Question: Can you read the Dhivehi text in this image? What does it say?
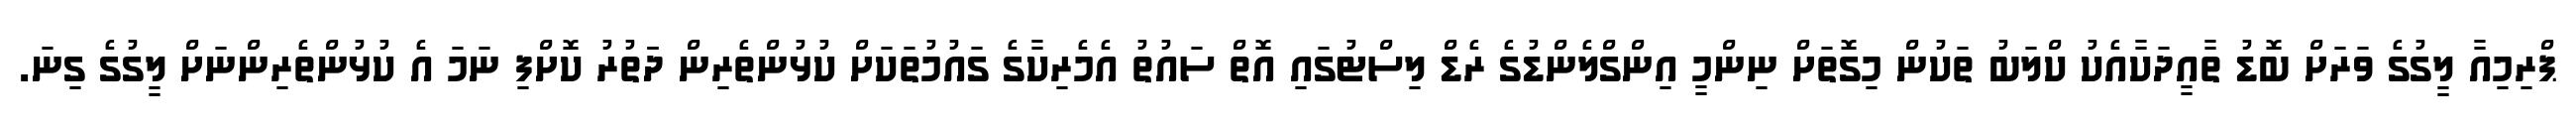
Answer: ޕްރިމިއާ ލީގުގެ ވަރަށް ބޮޑު ތާއީދަކާއެކު ކްލަބު ތަކުން މިގޮތަށް ނިންމީ އިންގްލެންޑުގެ ރެޑް ލިސްޓުގައި އޮތް ސައުތު އެމެރިކާގެ ގައުމުތަކަށް ކުޅުންތެރިން ދަަތުރު ކޮށްފި ނަމަ އެ ކުޅުންތެރިންނަށް ލީގުގެ ގިނަ.